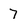
Character: 7